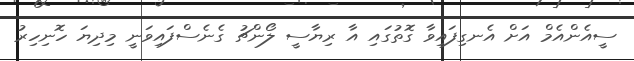
ސީއެންއެމް އަށް އެނގިފައިވާ ގޮތުގައި އާ ރިޔާސީ ލޯންޗު ގެނެސްފައިވަނީ މިދިޔަ ހޮނިހިރު